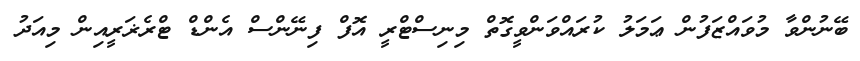
ބޭނުންވާ މުވައްޒަފުން ޢަމަލު ކުރައްވަންވީގޮތް މިނިސްޓްރީ އޮފް ފިނޭންސް އެންޑް ޓްރެޜަރީއިން މިއަދު